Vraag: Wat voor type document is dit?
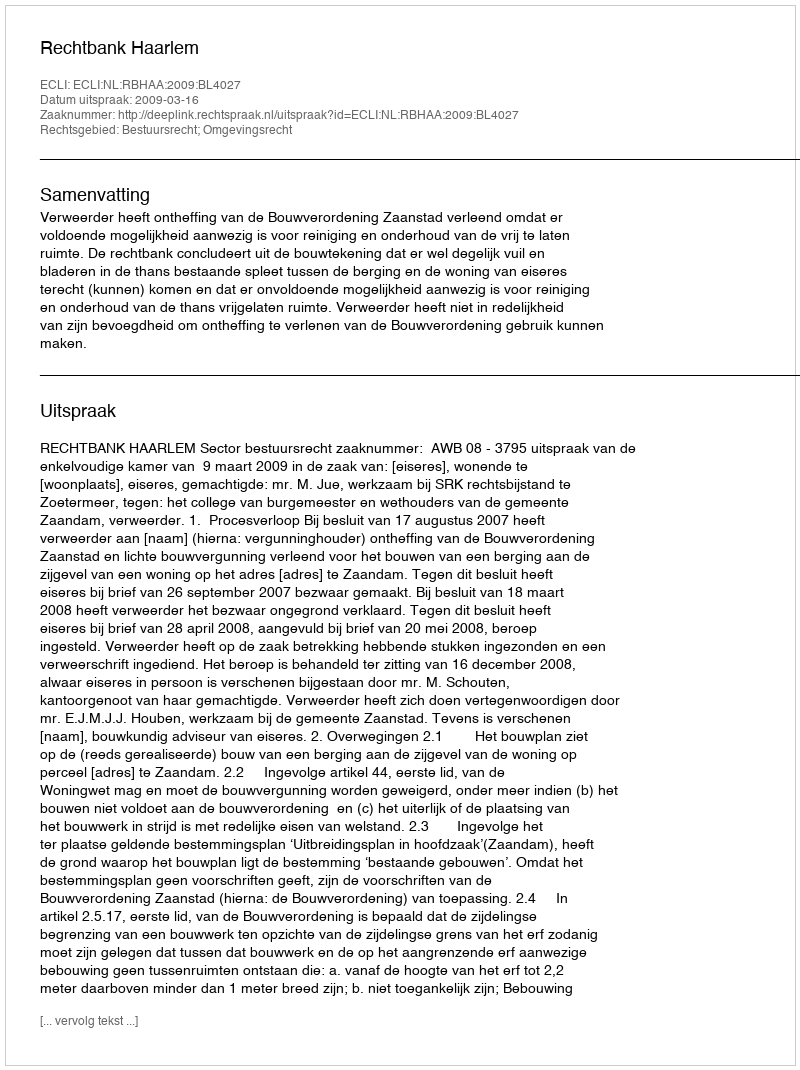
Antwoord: Uitspraak